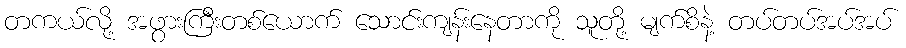
တကယ်လို့ အဖွားကြီးတစ်ယောက် သောင်းကျန်းနေတာကို သူတို့ မျက်စိနဲ့ တပ်တပ်အပ်အပ်